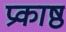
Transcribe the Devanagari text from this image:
प्रकाष्ठ